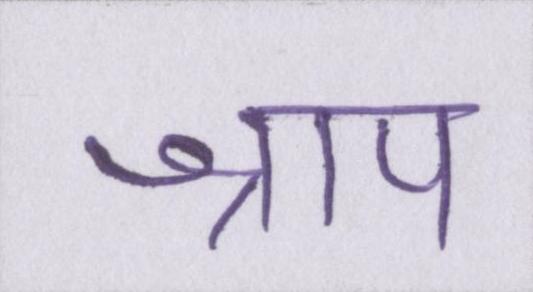
श्राप